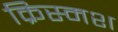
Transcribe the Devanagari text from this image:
क्रिस्मश